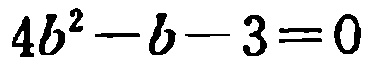
\(4b^{2}-b - 3 = 0\)